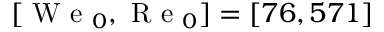
[ \mathrm { ~ W ~ e ~ } _ { 0 } , \mathrm { ~ R ~ e ~ } _ { 0 } ] = [ 7 6 , 5 7 1 ]